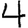
Digit: 4